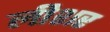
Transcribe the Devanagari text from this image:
लीशर